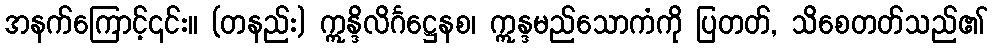
အနက်ကြောင့်၎င်း။ (တနည်း) ဣန္ဒိလိင်္ဂဋ္ဌေနစ၊ ဣန္ဒမည်သောကံကို ပြတတ်, သိစေတတ်သည်၏